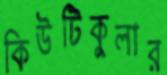
কিউটিকুলার